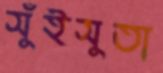
সুঁইসুতা